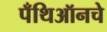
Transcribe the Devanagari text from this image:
पँथिऑनचे